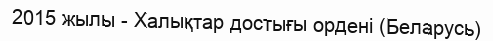
2015 жылы - Халықтар достығы ордені (Беларусь)